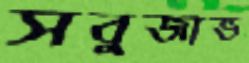
সবুজাভ